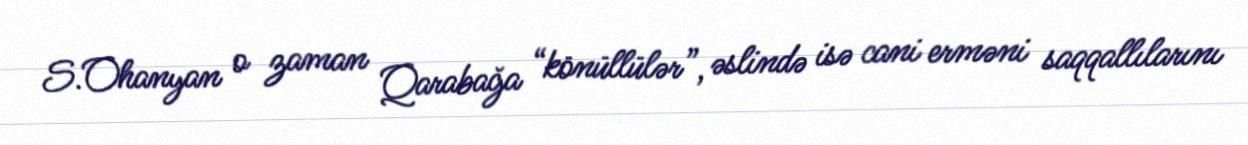
S.Ohanyan o zaman Qarabağa “könüllülər”, əslində isə cani erməni saqqallılarını